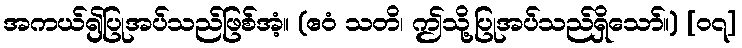
အကယ်၍ပြုအပ်သည်ဖြစ်အံ့။ (ဧဝံ သတိ၊ ဤသို့ပြုအပ်သည်ရှိသော်။) [၀၇]